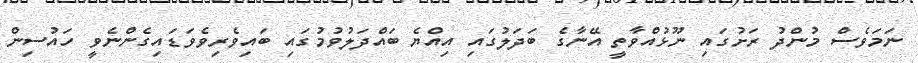
ނަމަވެސް މުންދު ރަށުގައި ނޫޅުއްވާތީ އޭނާގެ ބަދަލުގައި އިއްޔެ ބައްދަލުވުމުގައި ބައިވެރިވެވަޑައިގެންނެވީ ހައުސިން